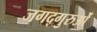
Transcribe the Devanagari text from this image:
जगद्गुरुओं